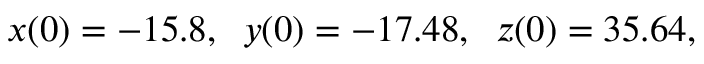
x ( 0 ) = - 1 5 . 8 , \; \; y ( 0 ) = - 1 7 . 4 8 , \; \; z ( 0 ) = 3 5 . 6 4 ,